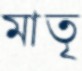
মাতৃ